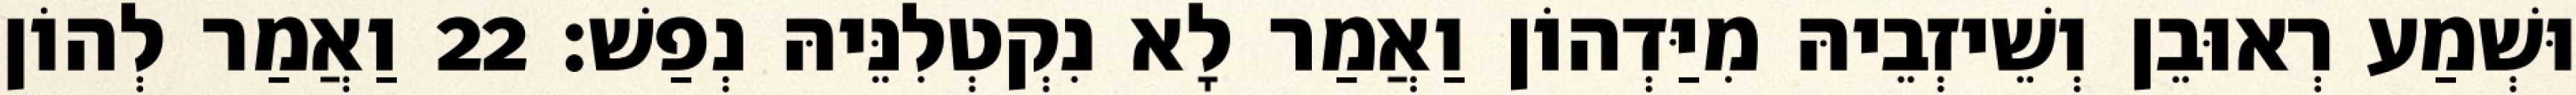
וּשְׁמַע רְאוּבֵן וְשֵׁיזְבֵיהּ מִיַּדְהוֹן וַאֲמַר לָא נִקְטְלִנֵּיהּ נְפַשׁ׃ 22 וַאֲמַר לְהוֹן